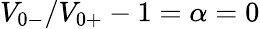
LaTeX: V_{0-}/V_{0+}-1=\alpha=0